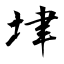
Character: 垏